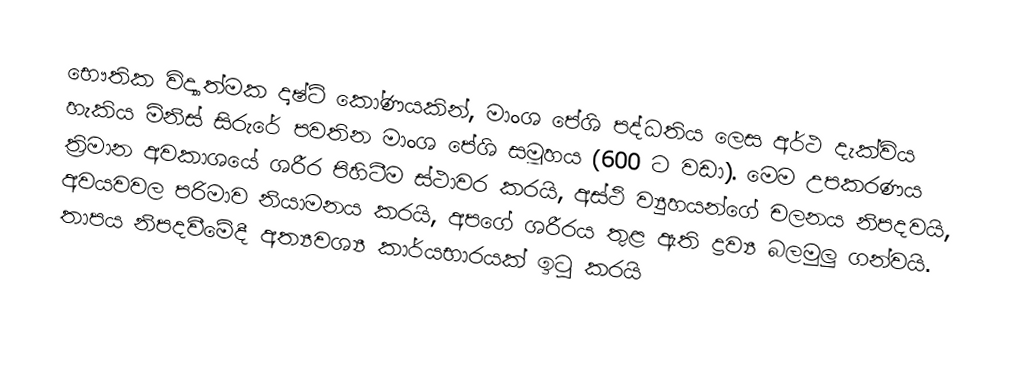
භෞතික විද්‍යාත්මක දෘෂ්ටි කෝණයකින්, මාංශ පේශි පද්ධතිය ලෙස අර්ථ දැක්විය හැකිය මිනිස් සිරුරේ පවතින මාංශ පේශි සමූහය (600 ට වඩා). මෙම උපකරණය ත්‍රිමාන අවකාශයේ ශරීර පිහිටීම ස්ථාවර කරයි, අස්ථි ව්‍යුහයන්ගේ චලනය නිපදවයි, අවයවවල පරිමාව නියාමනය කරයි, අපගේ ශරීරය තුළ ඇති ද්‍රව්‍ය බලමුලු ගන්වයි. තාපය නිපදවීමේදී අත්‍යවශ්‍ය කාර්යභාරයක් ඉටු කරයි